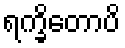
ရက္ခိတောပိ